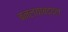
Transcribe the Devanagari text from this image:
बनल्याबद्दल